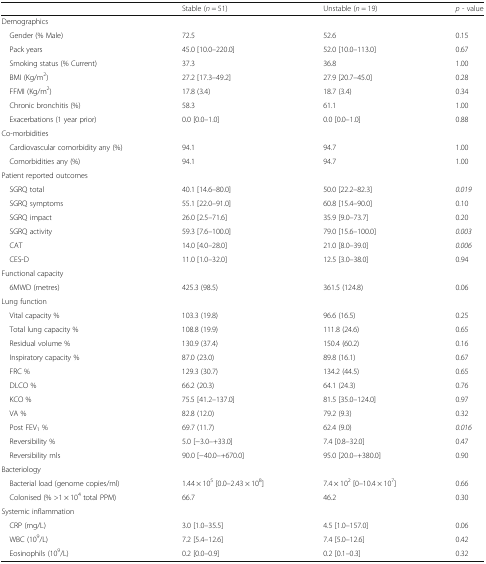
<table><thead><tr><td></td><td><b>Stable (<i>n</i> = 51)</b></td><td><b>Unstable (<i>n</i> = 19)</b></td><td><b><i>p</i> - value</b></td></tr></thead><tbody><tr><td colspan="4">Demographics</td></tr><tr><td> Gender (% Male)</td><td>72.5</td><td>52.6</td><td>0.15</td></tr><tr><td> Pack years</td><td>45.0 [10.0–220.0]</td><td>52.0 [10.0–113.0]</td><td>0.67</td></tr><tr><td> Smoking status (% Current)</td><td>37.3</td><td>36.8</td><td>1.00</td></tr><tr><td> BMI (Kg/m<sup>2</sup>)</td><td>27.2 [17.3–49.2]</td><td>27.9 [20.7–45.0]</td><td>0.28</td></tr><tr><td> FFMI (Kg/m<sup>2</sup>)</td><td>17.8 (3.4)</td><td>18.7 (3.4)</td><td>0.34</td></tr><tr><td> Chronic bronchitis (%)</td><td>58.3</td><td>61.1</td><td>1.00</td></tr><tr><td> Exacerbations (1 year prior)</td><td>0.0 [0.0–1.0]</td><td>0.0 [0.0–1.0]</td><td>0.88</td></tr><tr><td colspan="4">Co-morbidities</td></tr><tr><td> Cardiovascular comorbidity any (%)</td><td>94.1</td><td>94.7</td><td>1.00</td></tr><tr><td> Comorbidities any (%)</td><td>94.1</td><td>94.7</td><td>1.00</td></tr><tr><td colspan="4">Patient reported outcomes</td></tr><tr><td> SGRQ total</td><td>40.1 [14.6–80.0]</td><td>50.0 [22.2–82.3]</td><td><i>0.019</i></td></tr><tr><td> SGRQ symptoms</td><td>55.1 [22.0–91.0]</td><td>60.8 [15.4–90.0]</td><td>0.10</td></tr><tr><td> SGRQ impact</td><td>26.0 [2.5–71.6]</td><td>35.9 [9.0–73.7]</td><td>0.20</td></tr><tr><td> SGRQ activity</td><td>59.3 [7.6–100.0]</td><td>79.0 [15.6–100.0]</td><td><i>0.003</i></td></tr><tr><td> CAT</td><td>14.0 [4.0–28.0]</td><td>21.0 [8.0–39.0]</td><td><i>0.006</i></td></tr><tr><td> CES-D</td><td>11.0 [1.0–32.0]</td><td>12.5 [3.0–38.0]</td><td>0.94</td></tr><tr><td colspan="4">Functional capacity</td></tr><tr><td> 6MWD (metres)</td><td>425.3 (98.5)</td><td>361.5 (124.8)</td><td>0.06</td></tr><tr><td colspan="4">Lung function</td></tr><tr><td> Vital capacity %</td><td>103.3 (19.8)</td><td>96.6 (16.5)</td><td>0.25</td></tr><tr><td> Total lung capacity %</td><td>108.8 (19.9)</td><td>111.8 (24.6)</td><td>0.65</td></tr><tr><td> Residual volume %</td><td>130.9 (37.4)</td><td>150.4 (60.2)</td><td>0.16</td></tr><tr><td> Inspiratory capacity %</td><td>87.0 (23.0)</td><td>89.8 (16.1)</td><td>0.67</td></tr><tr><td> FRC %</td><td>129.3 (30.7)</td><td>134.2 (44.5)</td><td>0.65</td></tr><tr><td> DLCO %</td><td>66.2 (20.3)</td><td>64.1 (24.3)</td><td>0.76</td></tr><tr><td> KCO %</td><td>75.5 [41.2–137.0]</td><td>81.5 [35.0–124.0]</td><td>0.97</td></tr><tr><td> VA %</td><td>82.8 (12.0)</td><td>79.2 (9.3)</td><td>0.32</td></tr><tr><td> Post FEV<sub>1</sub> %</td><td>69.7 (11.7)</td><td>62.4 (9.0)</td><td><i>0.016</i></td></tr><tr><td> Reversibility %</td><td>5.0 [−3.0–+33.0]</td><td>7.4 [0.8–32.0]</td><td>0.47</td></tr><tr><td> Reversibility mls</td><td>90.0 [−40.0–+670.0]</td><td>95.0 [20.0–+380.0]</td><td>0.90</td></tr><tr><td colspan="4">Bacteriology</td></tr><tr><td> Bacterial load (genome copies/ml)</td><td>1.44 × 10<sup>5</sup> [0.0–2.43 × 10<sup>8</sup>]</td><td>7.4 × 10<sup>2</sup> [0–10.4 × 10<sup>7</sup>]</td><td>0.66</td></tr><tr><td> Colonised (% &gt;1 × 10<sup>4</sup> total PPM)</td><td>66.7</td><td>46.2</td><td>0.30</td></tr><tr><td colspan="4">Systemic inflammation</td></tr><tr><td> CRP (mg/L)</td><td>3.0 [1.0–35.5]</td><td>4.5 [1.0–157.0]</td><td>0.06</td></tr><tr><td> WBC (10<sup>9</sup>/L)</td><td>7.2 [5.4–12.6]</td><td>7.4 [5.0–12.6]</td><td>0.42</td></tr><tr><td> Eosinophils (10<sup>9</sup>/L)</td><td>0.2 [0.0–0.9]</td><td>0.2 [0.1–0.3]</td><td>0.32</td></tr></tbody></table>